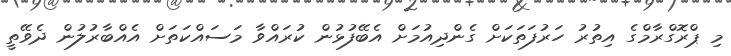
މި ޕްރޮގްރާމްގެ އިތުރު ހަރުފަތަކަށް ގެންދިއުމަށް އެބޭފުޅުން ކުރައްވާ މަސައްކަތަށް އެއްބާރުލުން ދެވޭތީ